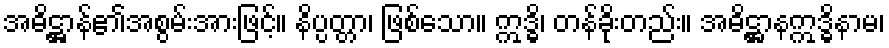
အဓိဋ္ဌာန်၏အစွမ်းအားဖြင့်။ နိပ္ပတ္တာ၊ ဖြစ်သော။ ဣဒ္ဓိ၊ တန်ခိုးတည်း။ အဓိဋ္ဌာနဣဒ္ဓိနာမ၊